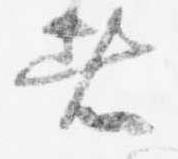
者